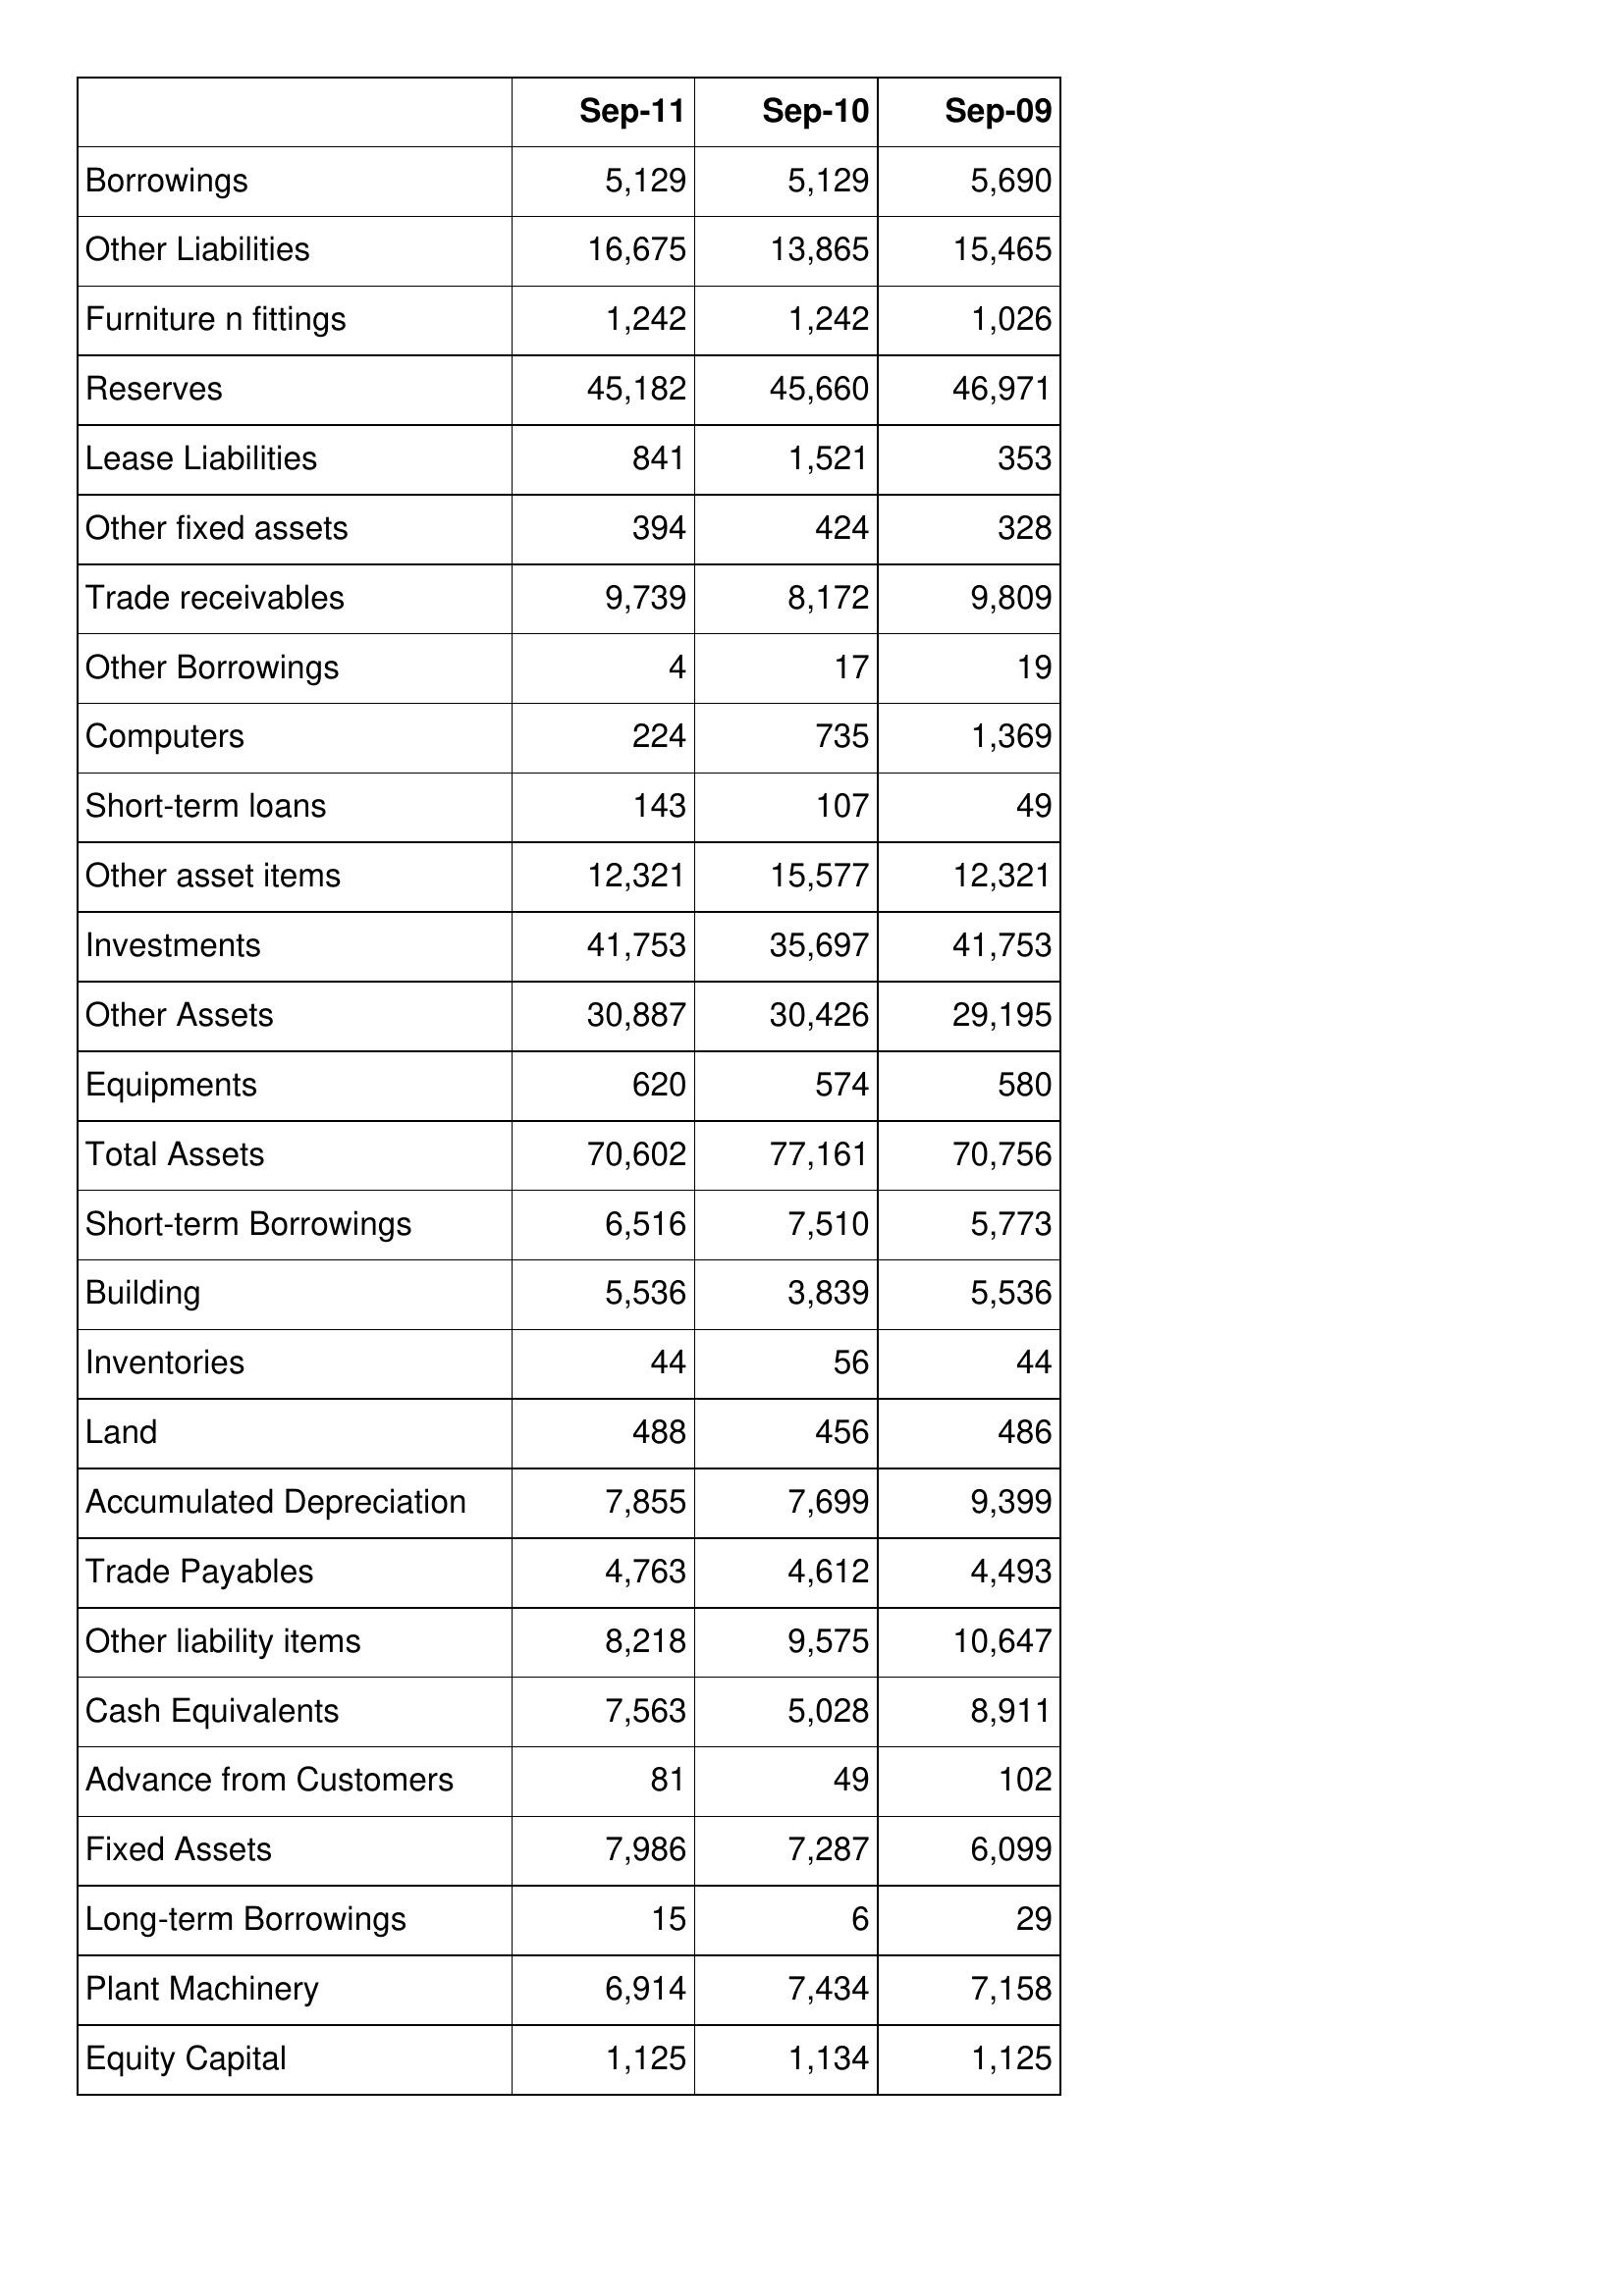
Sep-11: Balance Sheet: Borrowings: 5,129
Other Liabilities: 16,675
Furniture n fittings: 1,242
Reserves: 45,182
Lease Liabilities: 841
Other fixed assets: 394
Trade receivables: 9,739
Other Borrowings: 4
Computers: 224
Short-term loans: 143
Other asset items: 12,321
Investments: 41,753
Other Assets: 30,887
Equipments: 620
Total Assets: 70,602
Short-term Borrowings: 6,516
Building: 5,536
Inventories: 44
Land: 488
Accumulated Depreciation: 7,855
Trade Payables: 4,763
Other liability items: 8,218
Cash Equivalents: 7,563
Advance from Customers: 81
Fixed Assets: 7,986
Long-term Borrowings: 15
Plant Machinery: 6,914
Equity Capital: 1,125
Sep-10: Balance Sheet: Borrowings: 5,129
Other Liabilities: 13,865
Furniture n fittings: 1,242
Reserves: 45,660
Lease Liabilities: 1,521
Other fixed assets: 424
Trade receivables: 8,172
Other Borrowings: 17
Computers: 735
Short-term loans: 107
Other asset items: 15,577
Investments: 35,697
Other Assets: 30,426
Equipments: 574
Total Assets: 77,161
Short-term Borrowings: 7,510
Building: 3,839
Inventories: 56
Land: 456
Accumulated Depreciation: 7,699
Trade Payables: 4,612
Other liability items: 9,575
Cash Equivalents: 5,028
Advance from Customers: 49
Fixed Assets: 7,287
Long-term Borrowings: 6
Plant Machinery: 7,434
Equity Capital: 1,134
Sep-09: Balance Sheet: Borrowings: 5,690
Other Liabilities: 15,465
Furniture n fittings: 1,026
Reserves: 46,971
Lease Liabilities: 353
Other fixed assets: 328
Trade receivables: 9,809
Other Borrowings: 19
Computers: 1,369
Short-term loans: 49
Other asset items: 12,321
Investments: 41,753
Other Assets: 29,195
Equipments: 580
Total Assets: 70,756
Short-term Borrowings: 5,773
Building: 5,536
Inventories: 44
Land: 486
Accumulated Depreciation: 9,399
Trade Payables: 4,493
Other liability items: 10,647
Cash Equivalents: 8,911
Advance from Customers: 102
Fixed Assets: 6,099
Long-term Borrowings: 29
Plant Machinery: 7,158
Equity Capital: 1,125